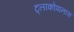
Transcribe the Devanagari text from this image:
ट्लाकोपानास